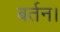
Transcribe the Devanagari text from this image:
बर्तन।